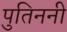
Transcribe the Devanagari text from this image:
पुतिननी